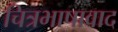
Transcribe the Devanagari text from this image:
चित्रभाषावाद